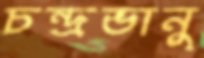
চন্দ্রভানু